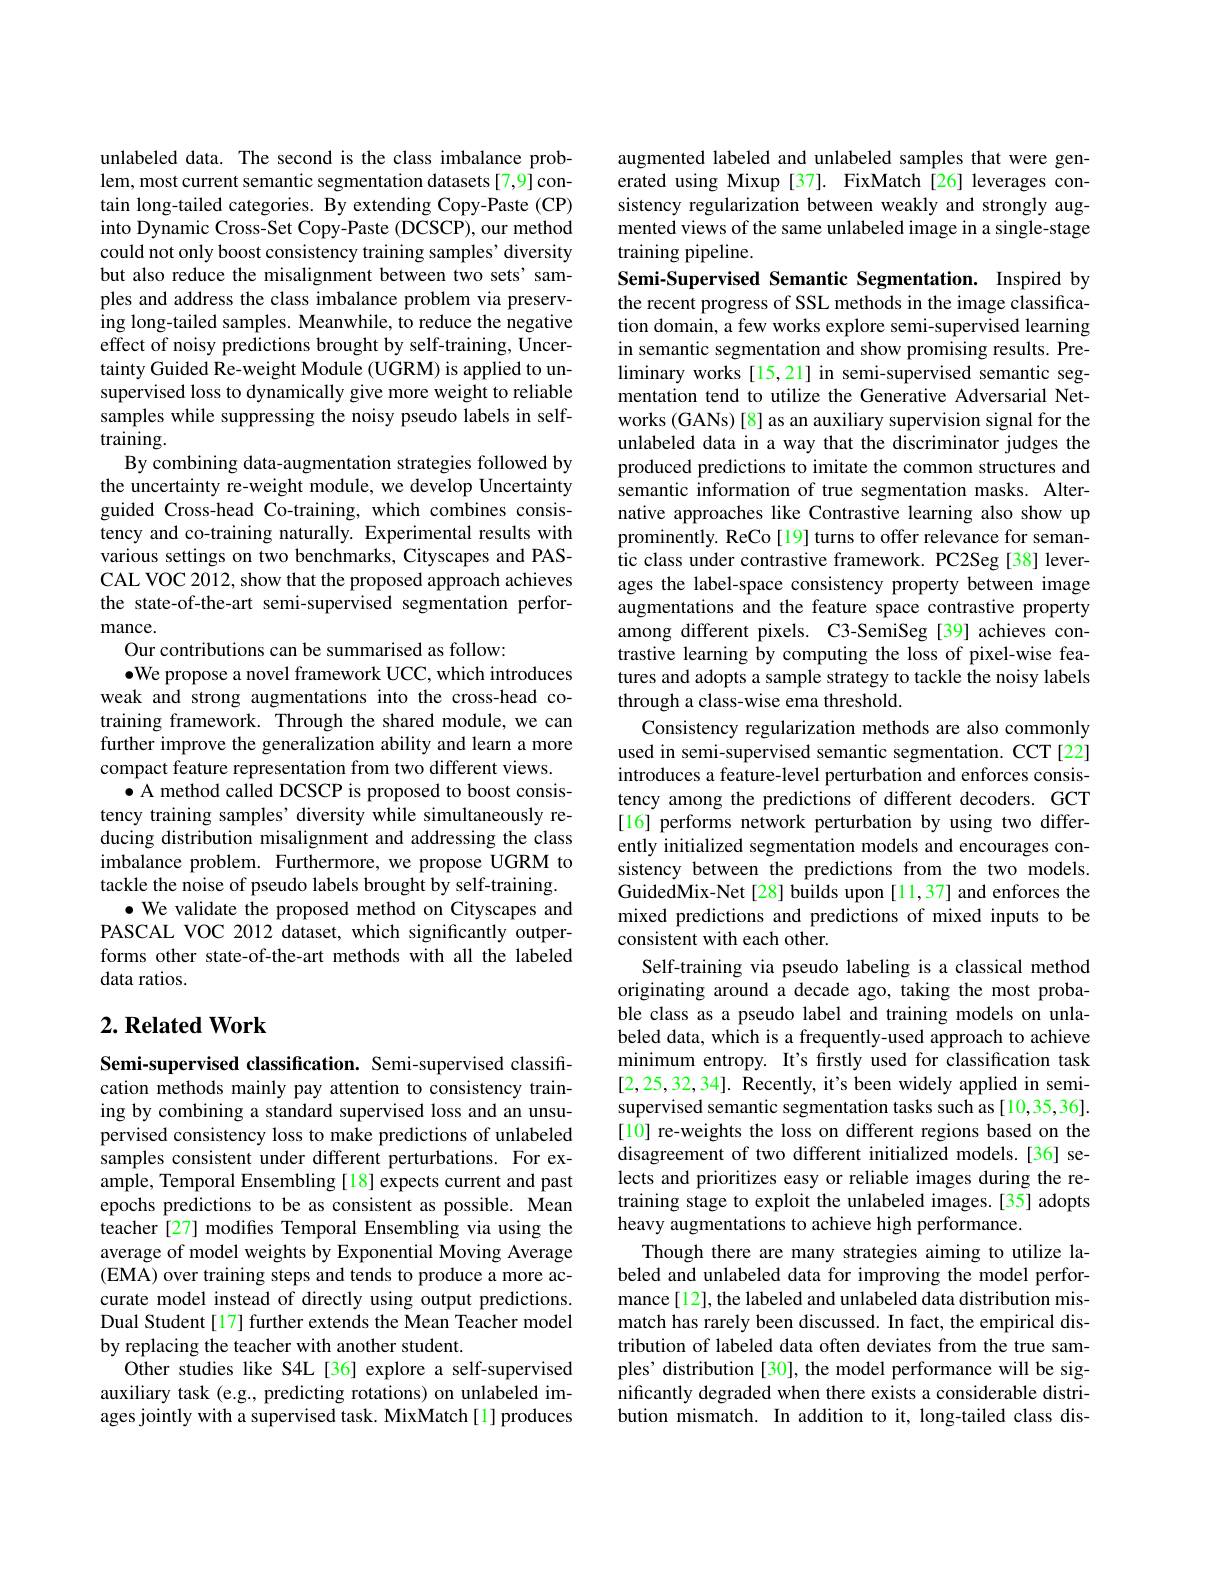
unlabeled data. The second is the class imbalance problem, most current semantic segmentation datasets[7,9] contain long-tailed categories. By extending Copy-Paste (CP) into Dynamic Cross-Set Copy-Paste (DCSCP), our method could not only boost consistency training samples' diversity but also reduce the misalignment between two sets' samples and address the class imbalance problem via preserving long-tailed samples. Meanwhile, to reduce the negative effect of noisy predictions brought by self-training, Uncertainty Guided Re-weight Module (UGRM) is applied to unsupervised loss to dynamically give more weight to reliable samples while suppressing the noisy pseudo labels in self- $\tilde{\text{training}}.$
By combining data-augmentation strategies followed by the uncertainty re-weight module, we develop Uncertainty guided Cross-head Co-training, which combines consistency and co-training naturally. Experimental results with various settings on two benchmarks, Cityscapes and PASCAL VOC 2012, show that the proposed approach achieves the state-of-the-art semi-supervised segmentation performance.
Our contributions can be summarised as follow:
$\bullet$We propose a novel framework UCC, which introduces weak and strong augmentations into the cross-head cotraining framework. Through the shared module, we can further improve the generalization ability and learn a more compact feature representation from two different views.
$\bullet$ A method called DCSCP is proposed to boost consistency training samples' diversity while simultaneously reducing distribution misalignment and addressing the class imbalance problem. Furthermore, we propose UGRM to tackle the noise of pseudo labels brought by self-training.
$\bullet$ We validate the proposed method on Cityscapes and PASCAL VOC 2012 dataset, which significantly outperforms other state-of-the-art methods with all the labeled data ratios.

## $2. \textbf{Related Work}$

Semi-supervised classification. Semi-supervised classification methods mainly pay attention to consistency training by combining a standard supervised loss and an unsupervised consistency loss to make predictions of unlabeled samples consistent under different perturbations. For example, Temporal Ensembling[18] expects current and past epochs predictions to be as consistent as possible. Mean teacher [27] modifies Temporal Ensembling via using the average of model weights by Exponential Moving Average (EMA) over training steps and tends to produce a more accurate model instead of directly using output predictions. Dual Student[17] further extends the Mean Teacher model by replacing the teacher with another student.
Other studies like S4L[36] explore a self-supervised auxiliary task (e.g., predicting rotations) on unlabeled images jointly with a supervised task. MixMatch[1] produces

augmented labeled and unlabeled samples that were generated using Mixup[37]. FixMatch[26] leverages consistency regularization between weakly and strongly augmented views of the same unlabeled image in a single-stage training pipeline.
Semi-Supervised Semantic Segmentation. Inspired by the recent progress of SSL methods in the image classification domain, a few works explore semi-supervised learning in semantic segmentation and show promising results. Preliminary works[15,21] in semi-supervised semantic segmentation tend to utilize the Generative Adversarial Networks (GANs) [8] as an auxiliary supervision signal for the unlabeled data in a way that the discriminator judges the produced predictions to imitate the common structures and semantic information of true segmentation masks. Alternative approaches like Contrastive learning also show up prominently. ReCo[19] turns to offer relevance for semantic class under contrastive framework. PC2Seg [38] leverages the label-space consistency property between image augmentations and the feature space contrastive property among different pixels. C3-SemiSeg [39] achieves contrastive learning by computing the loss of pixel-wise features and adopts a sample strategy to tackle the noisy labels through a class-wise ema threshold.
Consistency regularization methods are also commonly used in semi-supervised semantic segmentation. CCT[22] introduces a feature-level perturbation and enforces consistency among the predictions of different decoders. GCT [16] performs network perturbation by using two differently initialized segmentation models and encourages consistency between the predictions from the two models. GuidedMix-Net[28] builds upon [11,37] and enforces the mixed predictions and predictions of mixed inputs to be consistent with each other.
Self-training via pseudo labeling is a classical method originating around a decade ago, taking the most probable class as a pseudo label and training models on unlabeled data, which is a frequently-used approach to achieve minimum entropy. It's firstly used for classification task [2,25,32,34]. Recently, it's been widely applied in semisupervised semantic segmentation tasks such as [10,35,36]. [10] re-weights the loss on different regions based on the disagreement of two different initialized models.[36] selects and prioritizes easy or reliable images during the retraining stage to exploit the unlabeled images.[35] adopts heavy augmentations to achieve high performance.
Though there are many strategies aiming to utilize labeled and unlabeled data for improving the model performance[12], the labeled and unlabeled data distribution mismatch has rarely been discussed. In fact, the empirical distribution of labeled data often deviates from the true samples' distribution [30], the model performance will be significantly degraded when there exists a considerable distribution mismatch. In addition to it, long-tailed class dis-